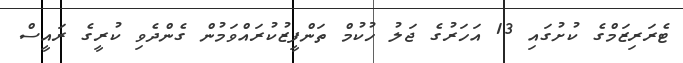
ޓެރަރިޒަމްގެ ކުށުގައި 13 އަހަރުގެ ޖަލު ހުކުމް ތަންފީޒުކުރައްވަމުން ގެންދެވި ކުރީގެ ރައީސް